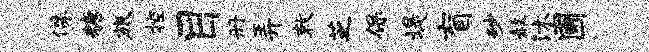
侏糖旅控目册弄敕芝保堤盲砂赦沐圃